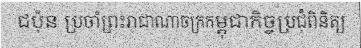
ជប៉ុន ប្រចាំព្រះរាជាណាចក្រកម្ពុជាកិច្ចប្រជុំពិនិត្យ